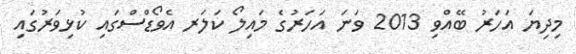
މިދިޔަ އަހަރު ބޭއްވި 2013 ވަނަ އަހަރުގެ މައިލޯ ކަލަރ އެވޯޑްސްގައި ކުޅިވަރުގައި